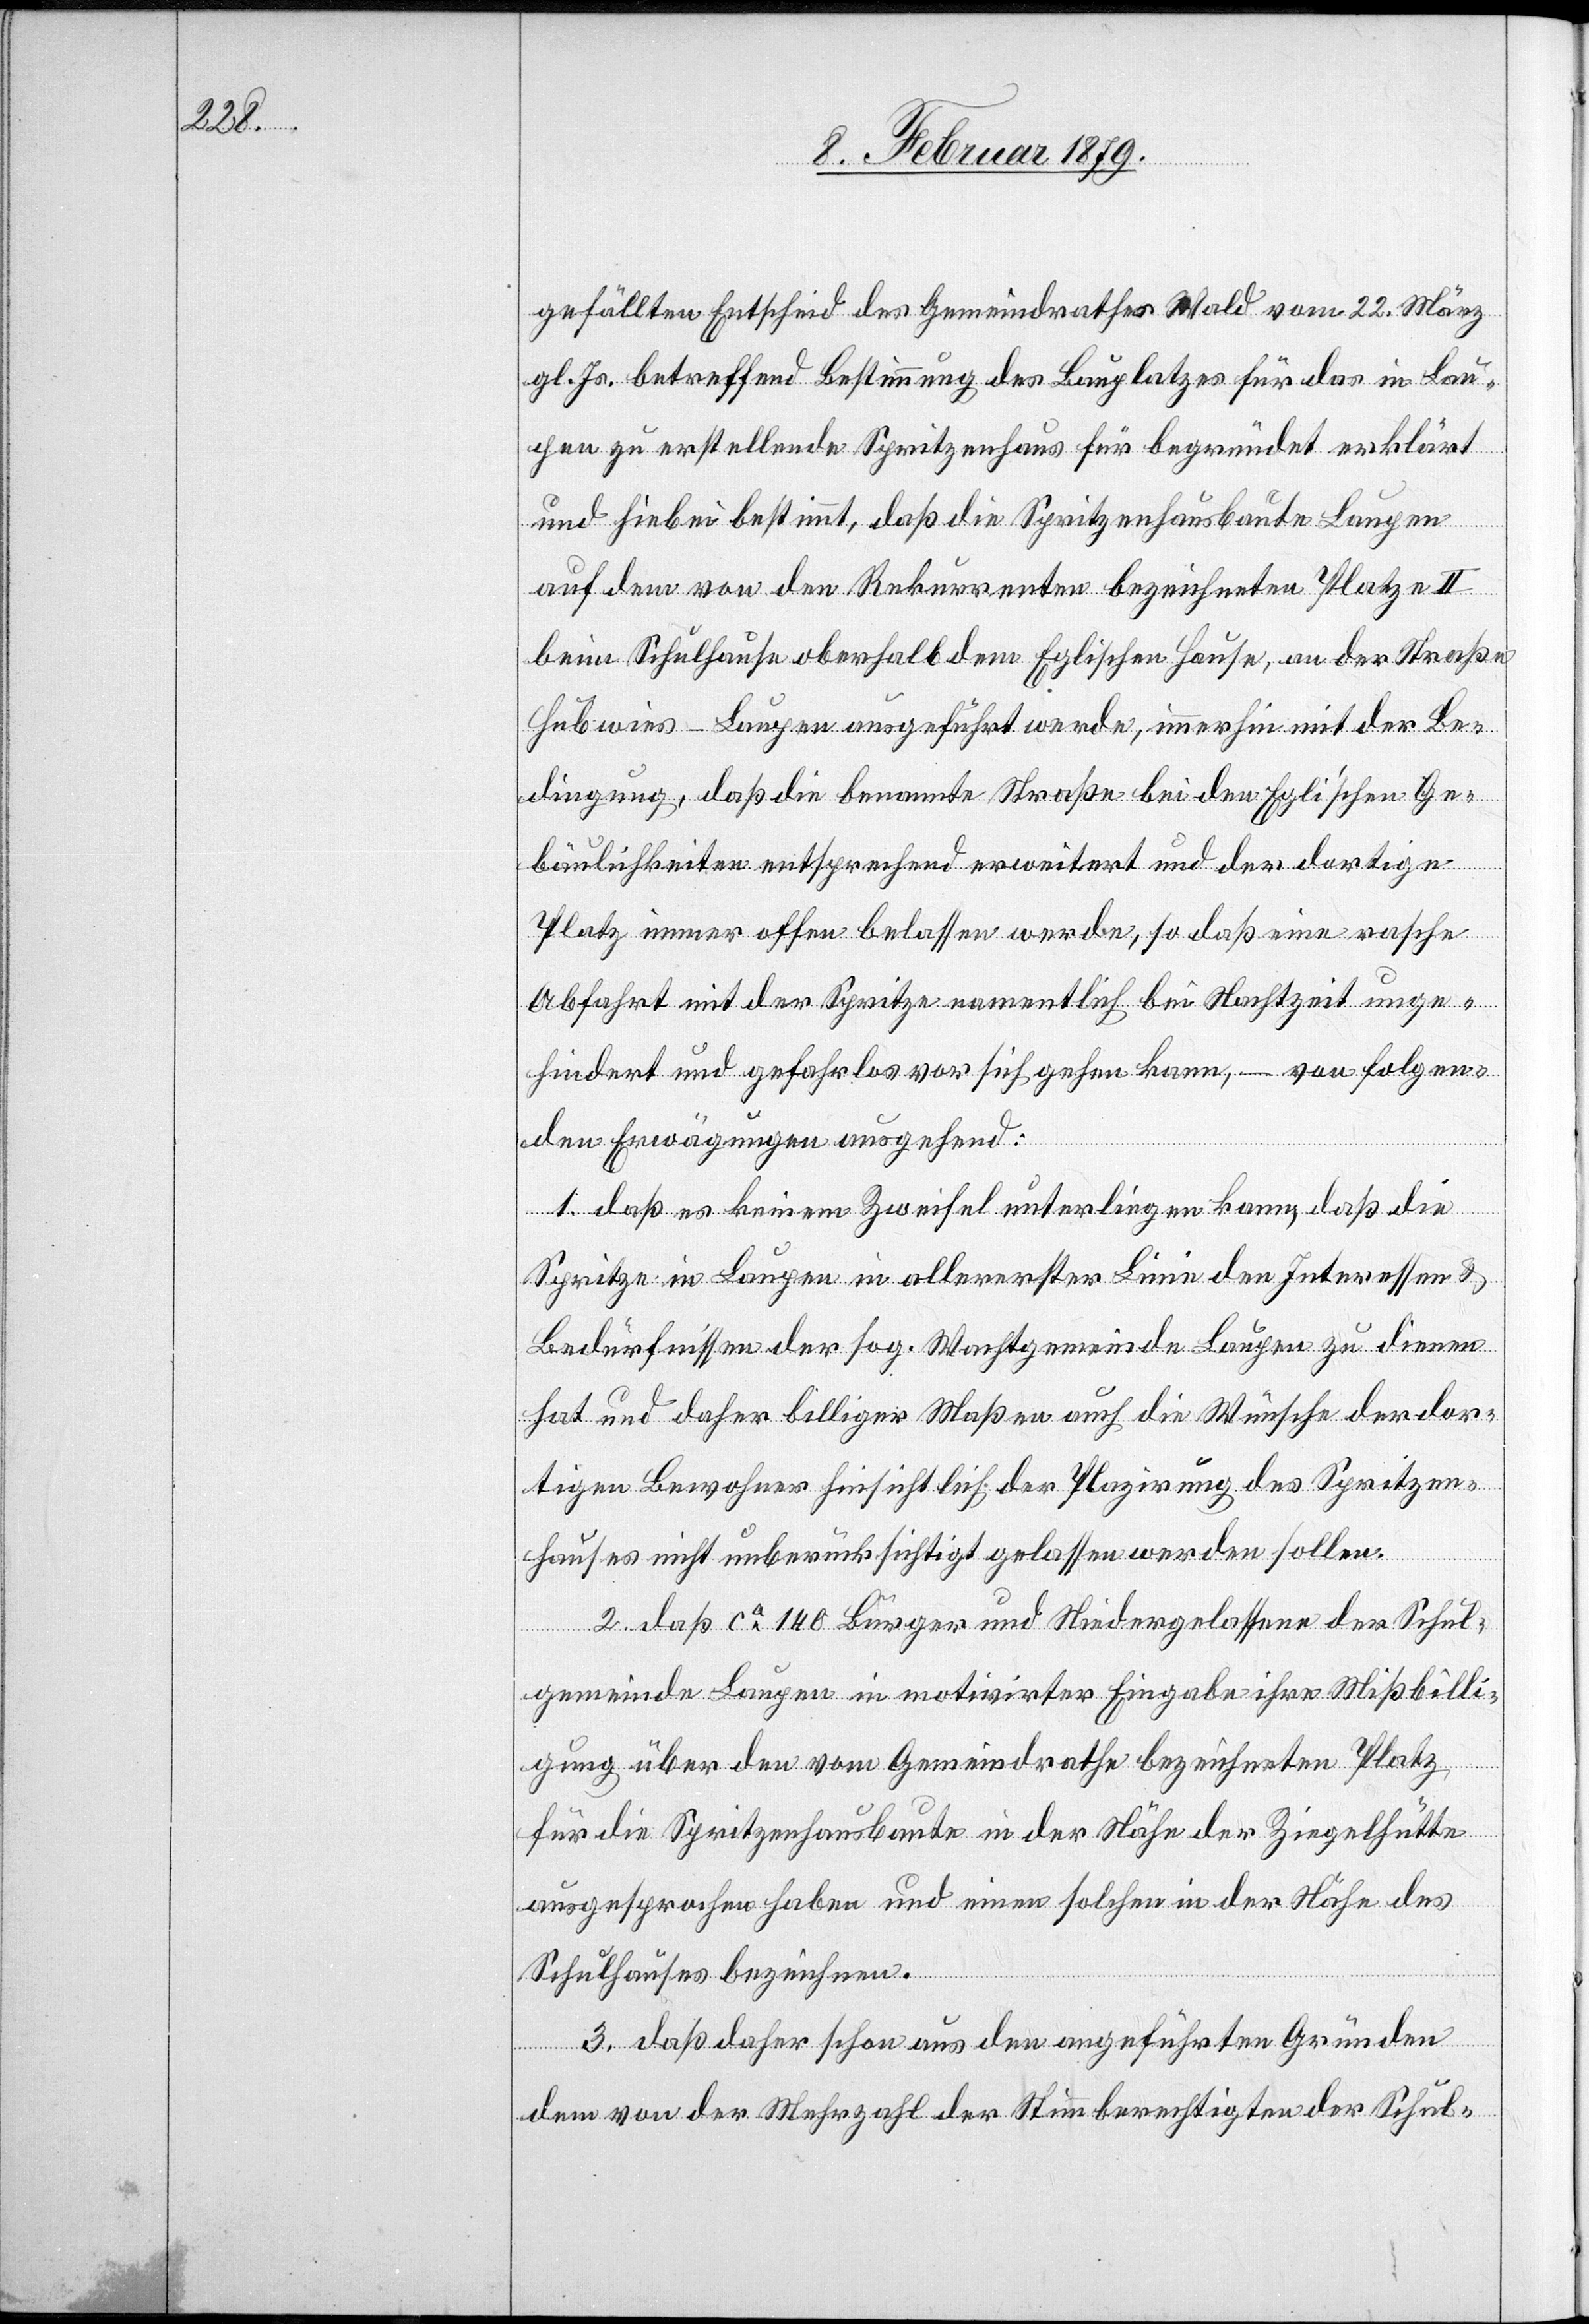
gefällten Entscheid des Gemeindrathes Wald vom 22. März
gl. Js. betreffend Bestimmung des Bauplatzes für das in Lau¬
pen zu erstellende Spritzenhaus für begründet erklärt
und hiebei bestimmt, daß die Spritzenhausbaute Laupen
auf dem von den Rekurrenten bezeichneten Platze II
beim Schulhause oberhalb dem Eglischen Hause, an der Straße
Hubwies–Laupen ausgeführt werde, immerhin mit der Be¬
dingung, daß die benannte Straße bei den Egli’schen Ge¬
bäulichkeiten entsprechend erweitert und der dortige
Platz immer offen belassen werde, so daß eine rasche
Abfahrt mit der Spritze namentlich bei Nachtzeit unge¬
hindert und gefahrlos vor sich gehen kann, – von folgen¬
den Erwägungen ausgehend:
1. daß es keinem Zweifel unterliegen kann, daß die
Spritze bei Laupen in allererster Linie den Interessen &
Befürfnissen der sog. Wachtgemeinde Laupen zu dienen
hat und daher billiger Maßen auch die Wünsche der dor¬
tigen Bewohner hinsichtlich der Plazierung des Spritzen¬
hauses nicht unberücksichtigt gelassen werden sollen.
2. daß ca 140 Bürger und Niedergelassene der Schul¬
gemeinde Laupen in motivirter Eingabe ihre Mißbilli¬
gung über den vom Gemeindrathe bezeichneten Platz
für die Spritzenhausbaute in der Nähe der Ziegelhütte
ausgesprochen haben und einen solchen in der Nähe des
Schulhauses bezeichnen.
3. daß daher schon aus den angeführten Gründen
dem von der Mehrzahl der Stimmberechtigten der Schul-